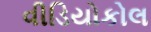
વીડિયોકોલ